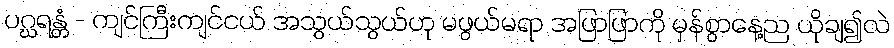
ပဂ္ဃရန္တံ - ကျင်ကြီးကျင်ငယ် အသွယ်သွယ်ဟု မဖွယ်မရာ အဖြာဖြာကို မှန်စွာနေ့ည ယိုချ၍လဲ